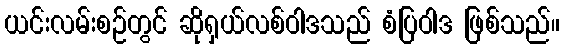
ယင်းလမ်းစဉ်တွင် ဆိုရှယ်လစ်ဝါဒသည် စံပြဝါဒ ဖြစ်သည်။